Document type: Emphyteutic lease
Year: 1281
Scribe: Pere Marquès
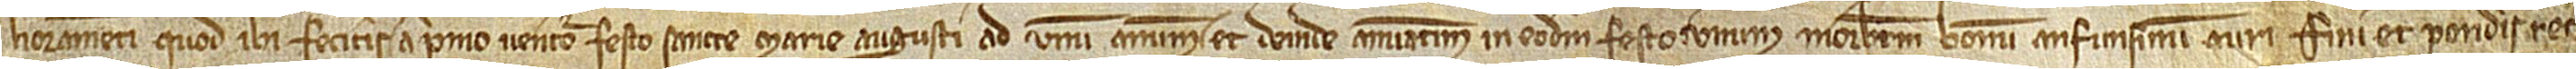
lioramenti quod ibi feceritis a primo venturo festo Sancte Marie augusti ad unum annum et deinde annuatim in eodem festo unum morabatinum bonum anfusinum auri fini et ponderis rec-